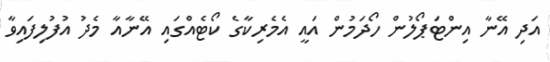
އަދި އޭނާ އިންޓަޕޯލުން ހޯދަމުން އައީ އެމެރިކާގެ ކޯޓެއްގައި އޭނާއާ މެދު އުފުލިފައިވާ